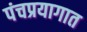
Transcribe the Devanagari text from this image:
पंचप्रयागात